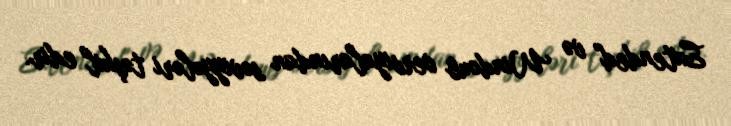
Extended" və Windows versiyalarından səviyyələri təşkil edir.